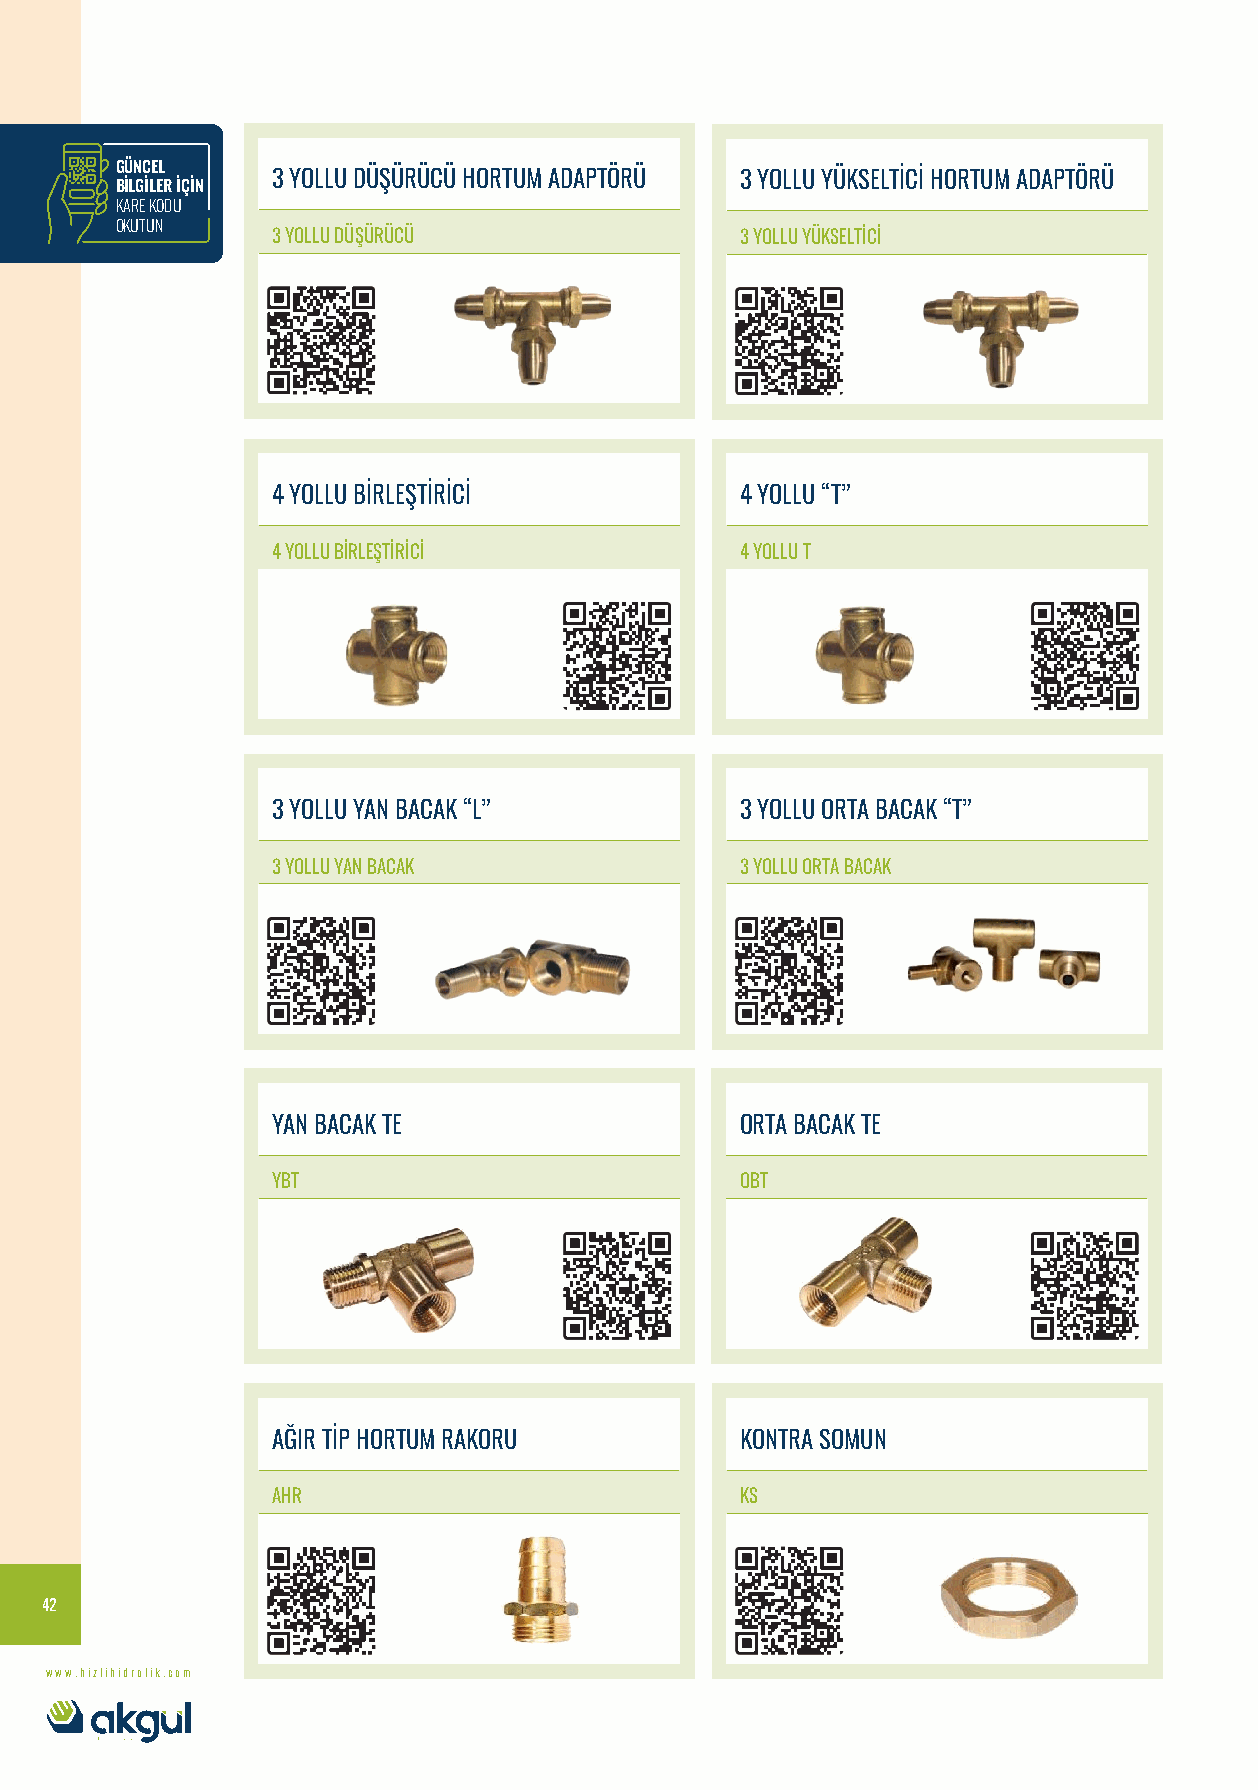
GÜNCEL
 3 YOLLU DÜŞÜRÜCÜ HORTUM ADAPTÖRÜ 3 YOLLU YÜKSELTİCİ HORTUM ADAPTÖRÜ
 BİLGİLER İÇİN
 KARE KODU
 OKUTUN
 3 YOLLU DÜŞÜRÜCÜ               3 YOLLU YÜKSELTİCİ
 4 YOLLU BİRLEŞTİRİCİ           4 YOLLU “T”
 4 YOLLU BİRLEŞTİRİCİ           4 YOLLU T
 3 YOLLU YAN BACAK “L”          3 YOLLU ORTA BACAK “T”
 3 YOLLU YAN BACAK              3 YOLLU ORTA BACAK
 YAN BACAK TE                   ORTA BACAK TE
 YBT                            OBT
 AĞIR TİP HORTUM RAKORU         KONTRA SOMUN
 AHR                            KS
 42
 www.hizlihidrolik.com